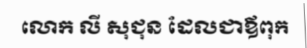
លោក លី សុជុន ដែលជាឪពុក